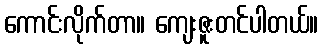
ကောင်းလိုက်တာ။ ကျေးဇူးတင်ပါတယ်။